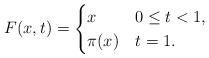
LaTeX: \begin{align*}F(x,t) =\begin{cases}x& 0 \leq t < 1, \\\pi(x) & t = 1.\end{cases}\end{align*}